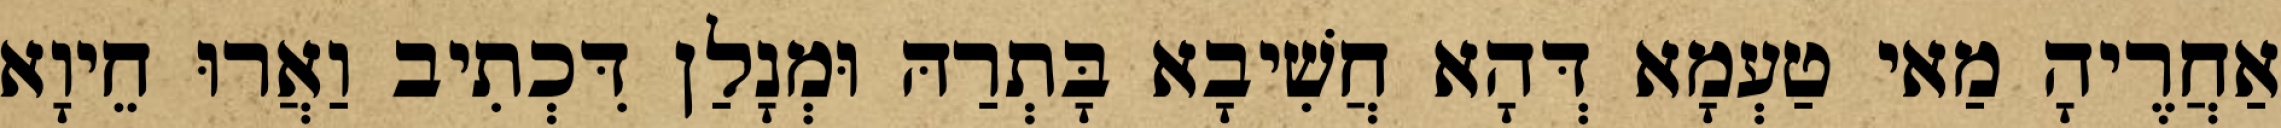
אַחֲרֶיהָ מַאי טַעְמָא דְּהָא חֲשִׁיבָא בָּתְרַהּ וּמְנָלַן דִּכְתִיב וַאֲרוּ חֵיוָא